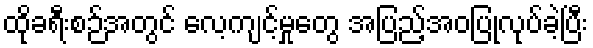
ထိုခရီးစဉ်အတွင် လေ့ကျင့်မှုတွေ အပြည့်အဝပြုလုပ်ခဲ့ပြီး